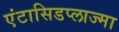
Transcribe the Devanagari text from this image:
एंटासिडप्लाज्मा